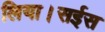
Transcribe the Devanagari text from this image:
लिया।सईस